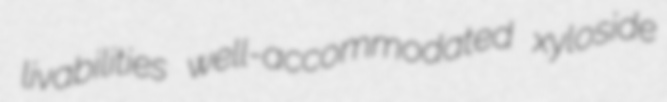
livabilities well-accommodated xyloside